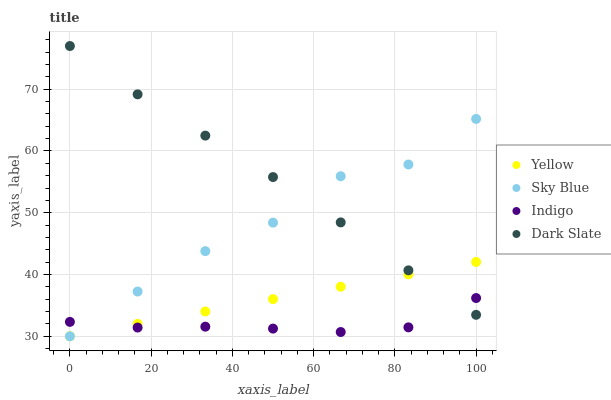
| xaxis_label | Yellow | Sky Blue | Indigo | Dark Slate |
 | --- | --- | --- | --- | --- |
 | 0 | 30 | 30 | 32.3 | 77 |
 | 16.7 | 32 | 37.2 | 31.4 | 69.2 |
 | 33.3 | 34 | 43.8 | 31.6 | 62.5 |
 | 50 | 36 | 48.4 | 31.2 | 55.8 |
 | 66.7 | 38 | 55.9 | 30.7 | 48.4 |
 | 83.3 | 40 | 57.8 | 31.4 | 40.7 |
 | 100 | 42 | 65.2 | 36.2 | 33.5 |